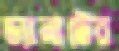
ড্যানাটের